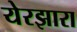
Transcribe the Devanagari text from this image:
येरझारा